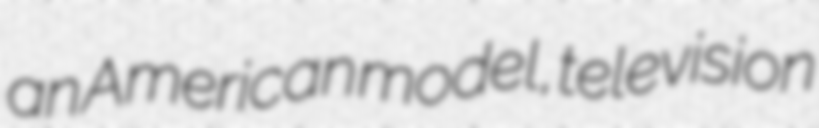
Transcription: an American model, television